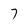
Character: 7